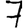
Digit: 7